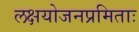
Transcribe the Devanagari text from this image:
लक्षयोजनप्रमिताः